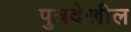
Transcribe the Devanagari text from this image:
पुत्रदेखील